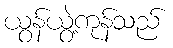
ယွန်ယွဲ့ကုန်သည်